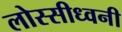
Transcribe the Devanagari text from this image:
लोस्सीध्वनी